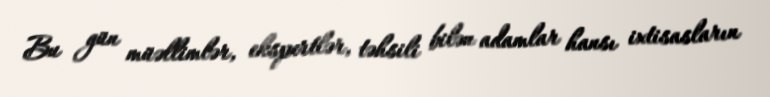
Bu gün müəllimlər, ekspertlər, təhsili bilən adamlar hansı ixtisasların